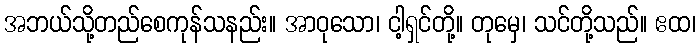
အဘယ်သို့တည်စေကုန်သနည်း။ အာဝုသော၊ ငါ့ရှင်တို့။ တုမှေ၊ သင်တို့သည်။ ဧထ၊